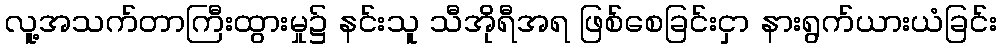
လူ့အသက်တာကြီးထွားမှု၌ နင်းသူ သီအိုရီအရ ဖြစ်စေခြင်းငှာ နားရွက်ယားယံခြင်း